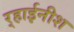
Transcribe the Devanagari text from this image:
र्‍हाईनीश